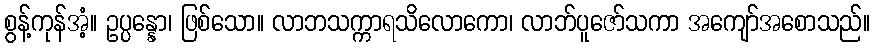
စွန့်ကုန်အံ့။ ဥပ္ပန္နော၊ ဖြစ်သော။ လာဘသက္ကာရသိလောကော၊ လာဘ်ပူဇော်သကာ အကျော်အစောသည်။